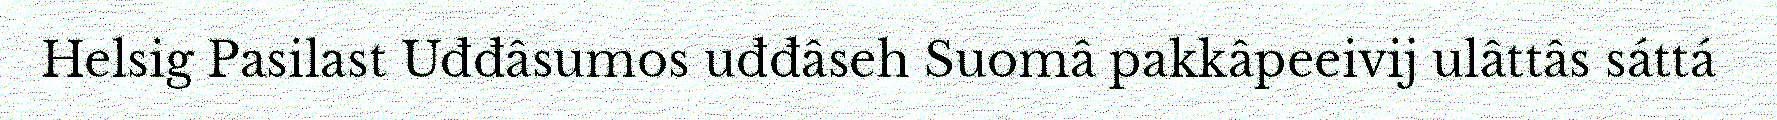
Helsig Pasilast Uđđâsumos uđđâseh Suomâ pakkâpeeivij ulâttâs sáttá